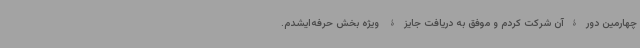
چهارمین دورۀآن شرکت کردم و موفق به دریافت جایزۀ ویژه بخش حرفه‌ایشدم.